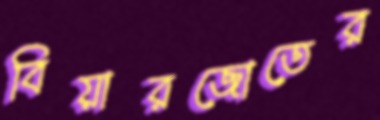
বিয়ারজোতের